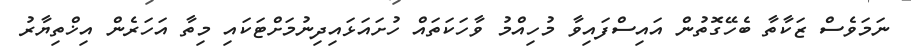
ނަމަވެސް ޒަކާތާ ބެހޭގޮތުން އައިސްފައިވާ މުހިއްމު ވާހަކަތައް ހުށައަޅައިދިނުމަށްޓަކައި މިތާ އަހަރެން އިޚްތިޔާރު